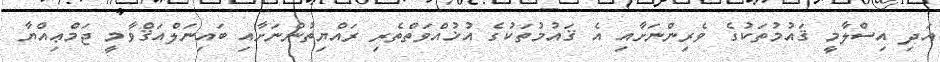
އަދި އިސްލާމީ ޤައުމުތަކުގެ ވެރިންނަށާއި އެ ޤައުމުތަކުގެ އުޚުއްވަތްތެރި ރައްޔިތުންނަށާއި ބައިނަލްއަޤްވާމީ ޖަމްޢިއްޔާ